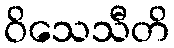
ဝိသေသီတိ